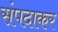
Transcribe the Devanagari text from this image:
संपदाकर